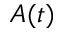
A ( t )